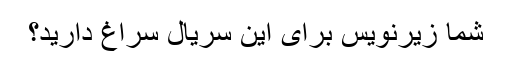
شما زیرنویس برای این سریال سراغ دارید؟